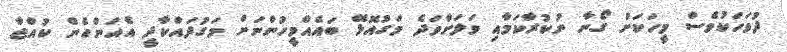
ދުވަހަކުވެސް މީހަކަށް ގޯނާ ނުކުރާކަމާއި ވަލަށްވަދެ މަގުއޮޅޭ ބައެއްމީހުންނަށް މަގުދައްކާދީ އެއަންހެން ކުއްޖާ